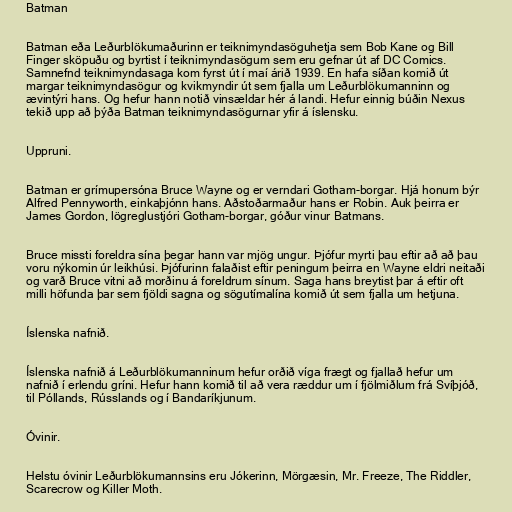
Batman

Batman eða Leðurblökumaðurinn er teiknimyndasöguhetja sem Bob Kane og Bill
Finger sköpuðu og byrtist í teiknimyndasögum sem eru gefnar út af DC Comics.
Samnefnd teiknimyndasaga kom fyrst út í maí árið 1939. En hafa síðan komið út
margar teiknimyndasögur og kvikmyndir út sem fjalla um Leðurblökumanninn og
ævintýri hans. Og hefur hann notið vinsældar hér á landi. Hefur einnig búðin Nexus
tekið upp að þýða Batman teiknimyndasögurnar yfir á íslensku.

Uppruni.

Batman er grímupersóna Bruce Wayne og er verndari Gotham-borgar. Hjá honum býr
Alfred Pennyworth, einkaþjónn hans. Aðstoðarmaður hans er Robin. Auk þeirra er
James Gordon, lögreglustjóri Gotham-borgar, góður vinur Batmans.

Bruce missti foreldra sína þegar hann var mjög ungur. Þjófur myrti þau eftir að að þau
voru nýkomin úr leikhúsi. Þjófurinn falaðist eftir peningum þeirra en Wayne eldri neitaði
og varð Bruce vitni að morðinu á foreldrum sínum. Saga hans breytist þar á eftir oft
milli höfunda þar sem fjöldi sagna og sögutímalína komið út sem fjalla um hetjuna.

Íslenska nafnið.

Íslenska nafnið á Leðurblökumanninum hefur orðið víga frægt og fjallað hefur um
nafnið í erlendu gríni. Hefur hann komið til að vera ræddur um í fjölmiðlum frá Svíþjóð,
til Póllands, Rússlands og í Bandaríkjunum.

Óvinir.

Helstu óvinir Leðurblökumannsins eru Jókerinn, Mörgæsin, Mr. Freeze, The Riddler,
Scarecrow og Killer Moth.